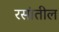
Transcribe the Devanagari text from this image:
रसांतील